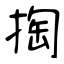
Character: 掏